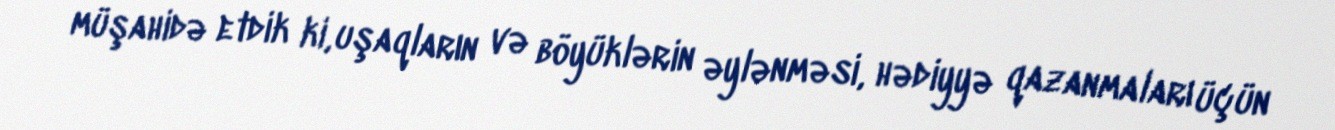
müşahidə etdik ki, uşaqların və böyüklərin əylənməsi, hədiyyə qazanmaları üçün